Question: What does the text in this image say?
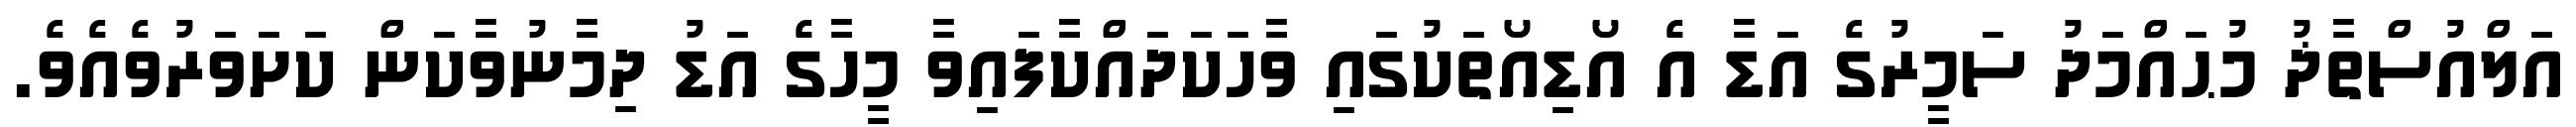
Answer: އަލްއުސްތާޛު މުޙައްމަދު ސަމީރުގެ އަޑާ އެ އޯޑިއޯތަކުގައި ވާހަކަދައްކާފައިވާ މީހާގެ އަޑު ދިމާނުވާކަން ކަށަވަރުވެއެވެ.